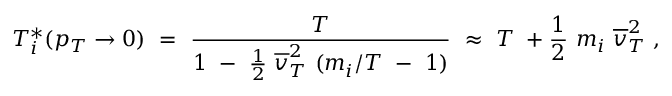
T _ { i } ^ { * } ( p _ { T } \rightarrow 0 ) ~ = ~ \frac { T } { 1 ~ - ~ \frac { 1 } { 2 } ~ \overline { { { v } } } _ { T } ^ { 2 } ~ ( m _ { i } / T ~ - ~ 1 ) } ~ \approx ~ T ~ + \frac { 1 } { 2 } ~ m _ { i } ~ \overline { { { v } } } _ { T } ^ { 2 } ~ ,